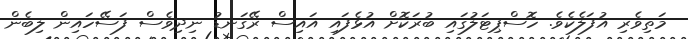
މަތިވެރި އުފަލެކެވެ. ހޮސްޕިޓަލުގައި ބުރަކޮށް އުޅެފައި އައިސް ރޭގަނޑު ނިދިވެސް ފަސޭހައިން ލިބެން